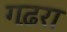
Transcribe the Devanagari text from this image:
गढ़रा